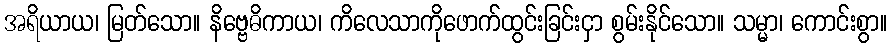
အရိယာယ၊ မြတ်သော။ နိဗ္ဗေဓိကာယ၊ ကိလေသာကိုဖောက်ထွင်းခြင်းငှာ စွမ်းနိုင်သော။ သမ္မာ၊ ကောင်းစွာ။